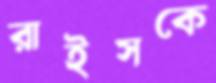
রাইসকে